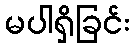
မပါရှိခြင်း